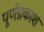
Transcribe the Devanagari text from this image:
पूर्णप्रकाश